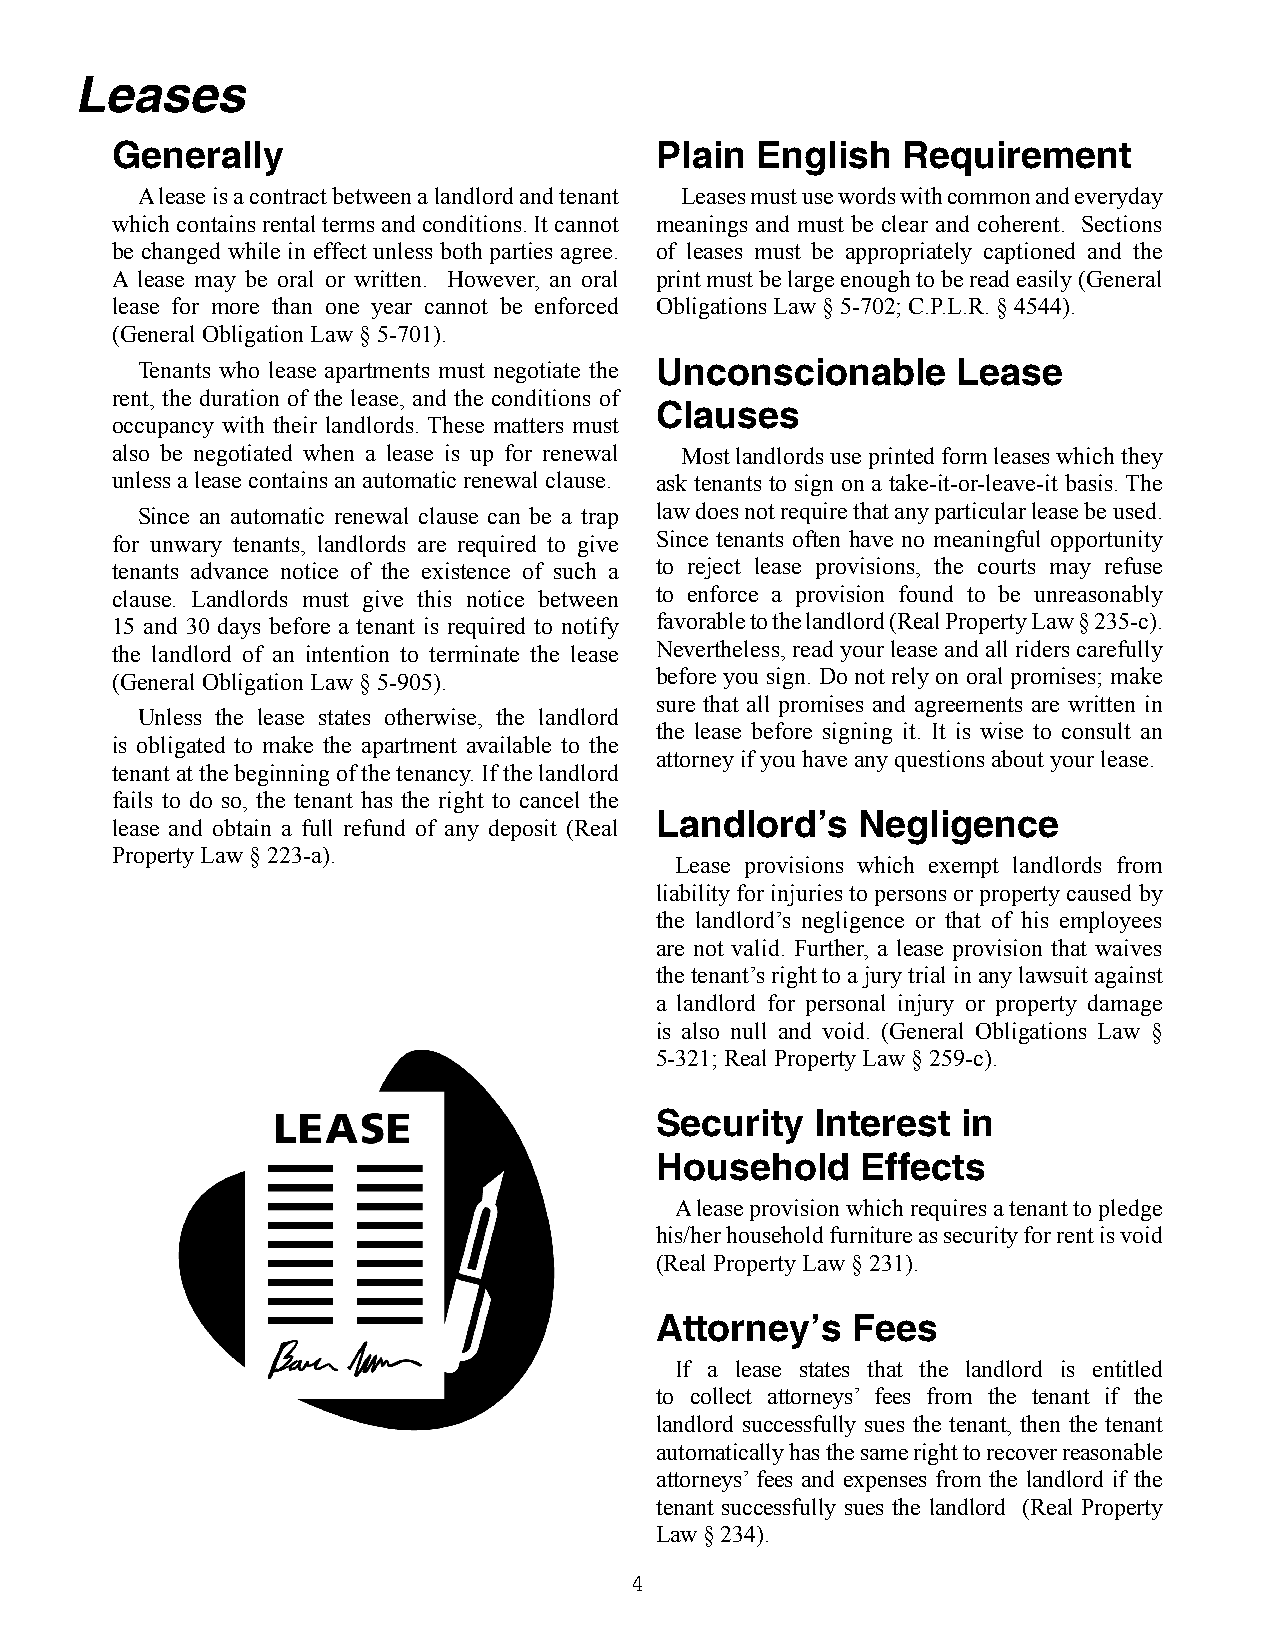
Leases
 Generally                           Plain  English   Requirement
 A lease is a contract between a landlord and tenant Leases must use words with common and everyday
 which contains rental terms and conditions. It cannot meanings and must be clear and coherent. Sections
 be changed while in effect unless both parties agree. of leases must be appropriately captioned and the
 A lease may be oral or written. However, an oral print must be large enough to be read easily (General
 lease for more than one year cannot be enforced Obligations Law § 5-702; C.P.L.R. § 4544).
 (General Obligation Law § 5-701).
 Tenants who lease apartments must negotiate the Unconscionable Lease
 rent, the duration of the lease, and the conditions of
 Clauses
 occupancy with their landlords. These matters must
 also be negotiated when a lease is up for renewal Most landlords use printed form leases which they
 unless a lease contains an automatic renewal clause. ask tenants to sign on a take-it-or-leave-it basis. The
 Since an automatic renewal clause can be a trap law does not require that any particular lease be used.
 for unwary tenants, landlords are required to give Since tenants often have no meaningful opportunity
 tenants advance notice of the existence of such a to reject lease provisions, the courts may refuse
 clause. Landlords must give this notice between to enforce a provision found to be unreasonably
 15 and 30 days before a tenant is required to notify favorable to the landlord (Real Property Law § 235-c).
 the landlord of an intention to terminate the lease Nevertheless, read your lease and all riders carefully
 (General Obligation Law § 5-905).   before you sign. Do not rely on oral promises; make
 sure that all promises and agreements are written in
 Unless the lease states otherwise, the landlord
 the lease before signing it. It is wise to consult an
 is obligated to make the apartment available to the
 attorney if you have any questions about your lease.
 tenant at the beginning of the tenancy. If the landlord
 fails to do so, the tenant has the right to cancel the
 Landlord’s    Negligence
 lease and obtain a full refund of any deposit (Real
 Property Law § 223-a).
 Lease provisions which exempt landlords from
 liability for injuries to persons or property caused by
 the landlord’s negligence or that of his employees
 are not valid. Further, a lease provision that waives
 the tenant’s right to a jury trial in any lawsuit against
 a landlord for personal injury or property damage
 is also null and void. (General Obligations Law §
 5-321; Real Property Law § 259-c).
 Security   Interest  in
 Household     Effects
 A lease provision which requires a tenant to pledge
 his/her household furniture as security for rent is void
 (Real Property Law § 231).
 Attorney’s   Fees
 If a lease states that the landlord is entitled
 to collect attorneys’ fees from the tenant if the
 landlord successfully sues the tenant, then the tenant
 automatically has the same right to recover reasonable
 attorneys’ fees and expenses from the landlord if the
 tenant successfully sues the landlord (Real Property
 Law § 234).
 4